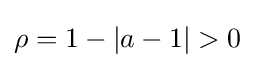
\rho =1-|a-1|>0